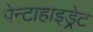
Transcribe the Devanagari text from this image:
पेन्टाहाइड्रेट